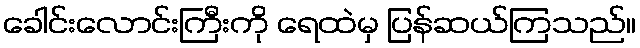
ခေါင်းလောင်းကြီးကို ရေထဲမှ ပြန်ဆယ်ကြသည်။